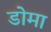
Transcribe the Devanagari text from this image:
डोमा